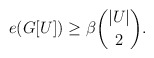
\begin{align*} e(G[U]) \geq \beta \binom{|U|}{2}. \end{align*}